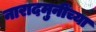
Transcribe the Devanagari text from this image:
नारादमुनींच्या